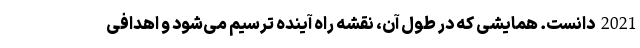
2021 دانست. همایشی که در طول آن، نقشه راه آینده ترسیم می‌شود و اهدافی